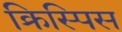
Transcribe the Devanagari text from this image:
क्रिस्पिस